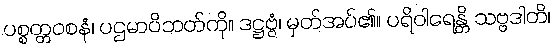
ပစ္စတ္တဝစနံ၊ ပဌမာဝိဘတ်ကို။ ဒဋ္ဌဗ္ဗံ၊ မှတ်အပ်၏။ ပရိဝါရေန္တိ သဗ္ဗဒါတိ၊